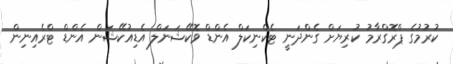
ކުރުމުގެ ޕްރޮގްރާމު ކުރިޔަށް ގެންދަނީ ޓެކްނިކަލް އެންޑް ވޮކޭޝަނަލް އެޑިއުކޭޝަން އެންޑް ޓްރެއިނިން